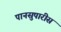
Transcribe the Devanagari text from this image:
पानसुपारीस